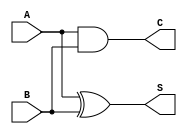
module threshold_half_adder (
    input wire A,  // First single-bit input
    input wire B,  // Second single-bit input
    output wire S, // Sum output
    output wire C  // Carry output
);

    // Sum calculation (A XOR B)
    assign S = A ^ B;

    // Carry calculation (A AND B)
    assign C = A & B;

endmodule